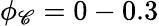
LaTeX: \phi_{\mathscr{C}}=0-0.3